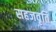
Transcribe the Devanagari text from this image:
सहजवृति